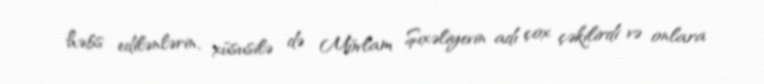
həbs edilənlərin, xüsusilə də Mövlam Şıxəliyevin adı çox çəkilirdi və onlara